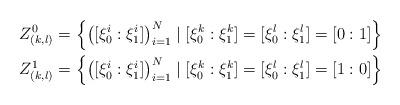
LaTeX: \begin{align*}Z_{(k,l)}^0 &= \left\{ \left( [\xi_0^i : \xi_1^i] \right)_{i=1}^N \mid [\xi_0^k : \xi_1^k] =[\xi_0^l : \xi_1^l] = [0:1]\right\} \\Z_{(k,l)}^1 &= \left\{ \left( [\xi_0^i : \xi_1^i] \right)_{i=1}^N \mid [\xi_0^k : \xi_1^k] =[\xi_0^l : \xi_1^l] = [1:0]\right\} \end{align*}